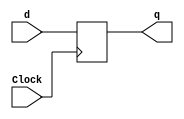
/*Program By Vicky_A*/

module dff (

input wire Clock,
input wire d,
output reg q
	
);
always @(posedge Clock )  
	q=d;
endmodule